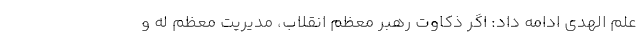
علم الهدی ادامه داد: اگر ذکاوت رهبر معظم انقلاب، مدیریت معظم له و